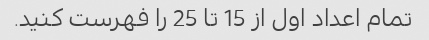
تمام اعداد اول از 15 تا 25 را فهرست کنید.